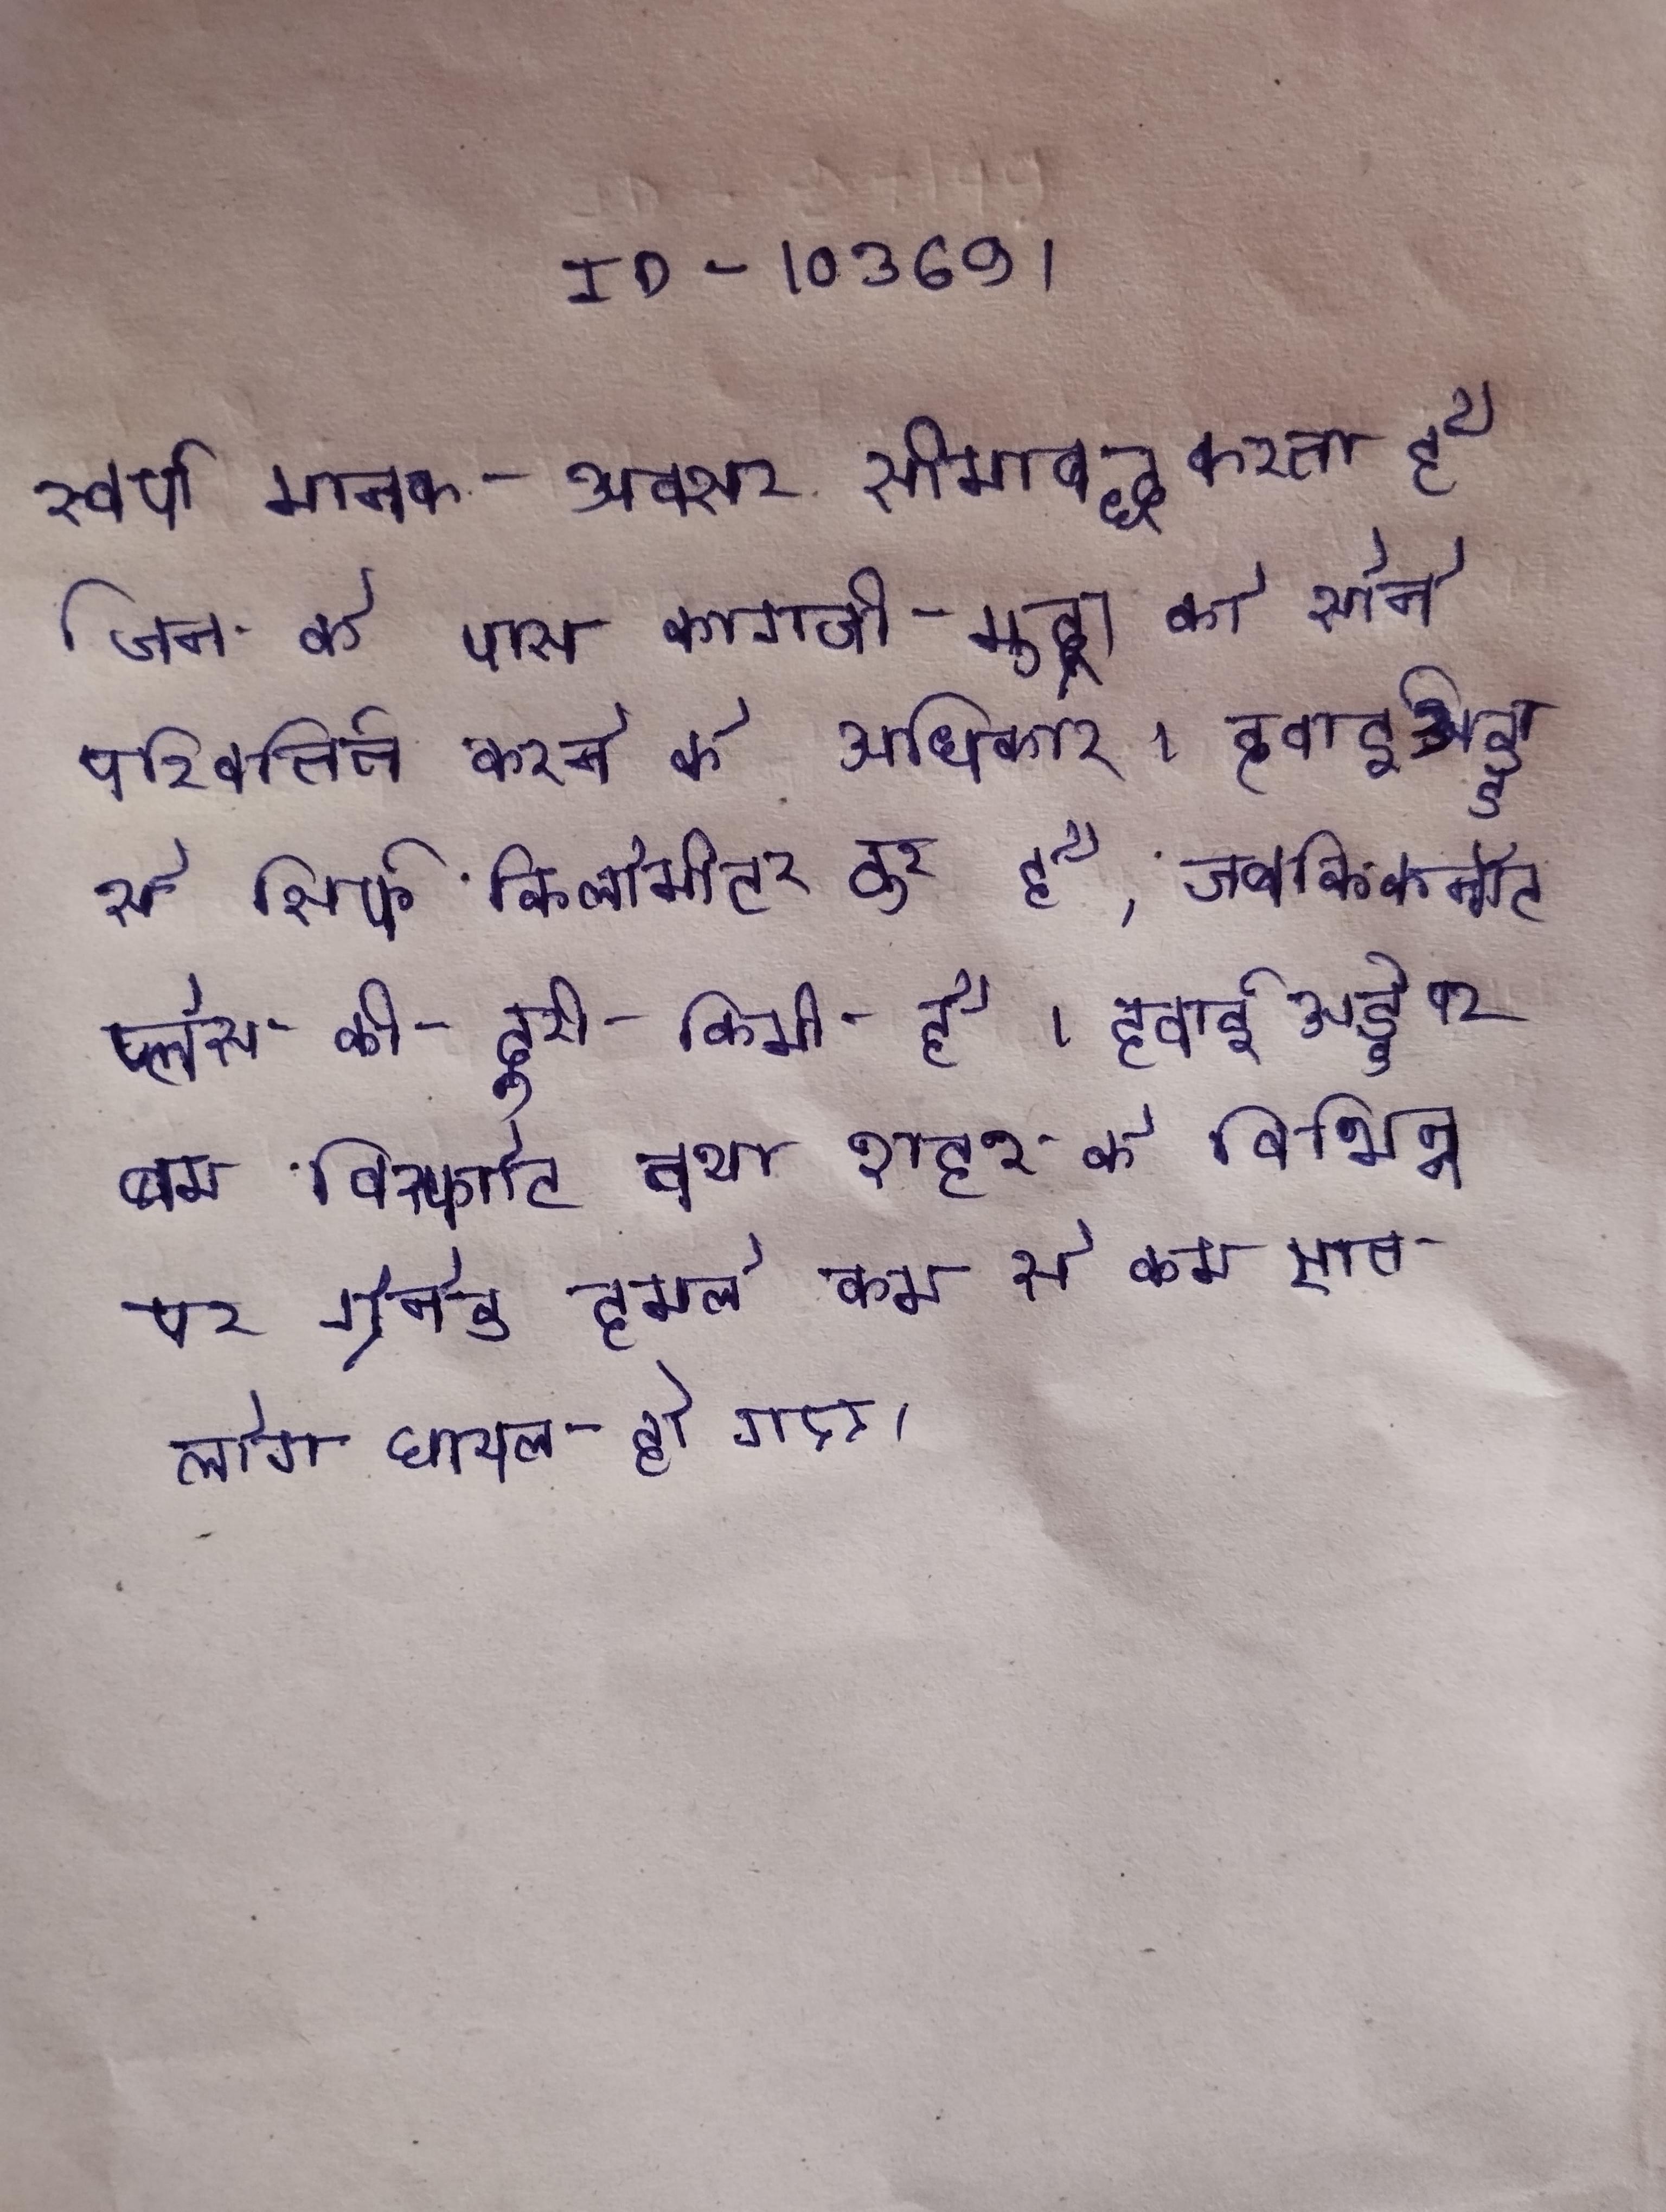
स्वर्ण मानक अक्सर सीमाबद्ध करता है जिन के पास कागजी मुद्रा को सोने परिवर्तित करने के अधिकार । हवाई अड्डा से सिर्फ किलोमीटर दूर है, जबकि कनॉट प्लेस की दूरी किमी है । हवाई अड्डे पर बम विस्फोट तथा शहर के विभिन्न पर ग्रेनेड हमले कम से कम सात लोग घायल हो गए ।